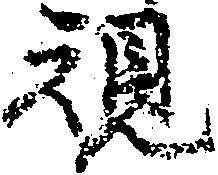
規